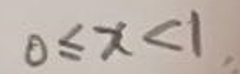
\[0\leq x<1\]